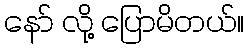
နော် လို့ ပြောမိတယ်။